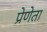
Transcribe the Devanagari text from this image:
प्रेणेता